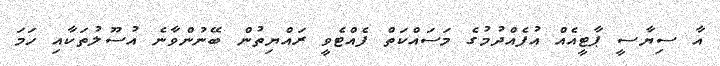
އާ ސިޔާސީ ޕާޓީއެއް އުފެއްދުމުގެ މަސައްކަތް ފެއްޓެވީ ރައްޔިތުން ބޭނުންވާނެ އުސޫލުތަކާއި ހަމަ